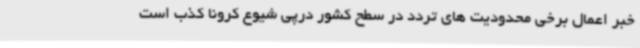
خبر اعمال برخی محدودیت های تردد در سطح کشور درپی شیوع کرونا کذب است